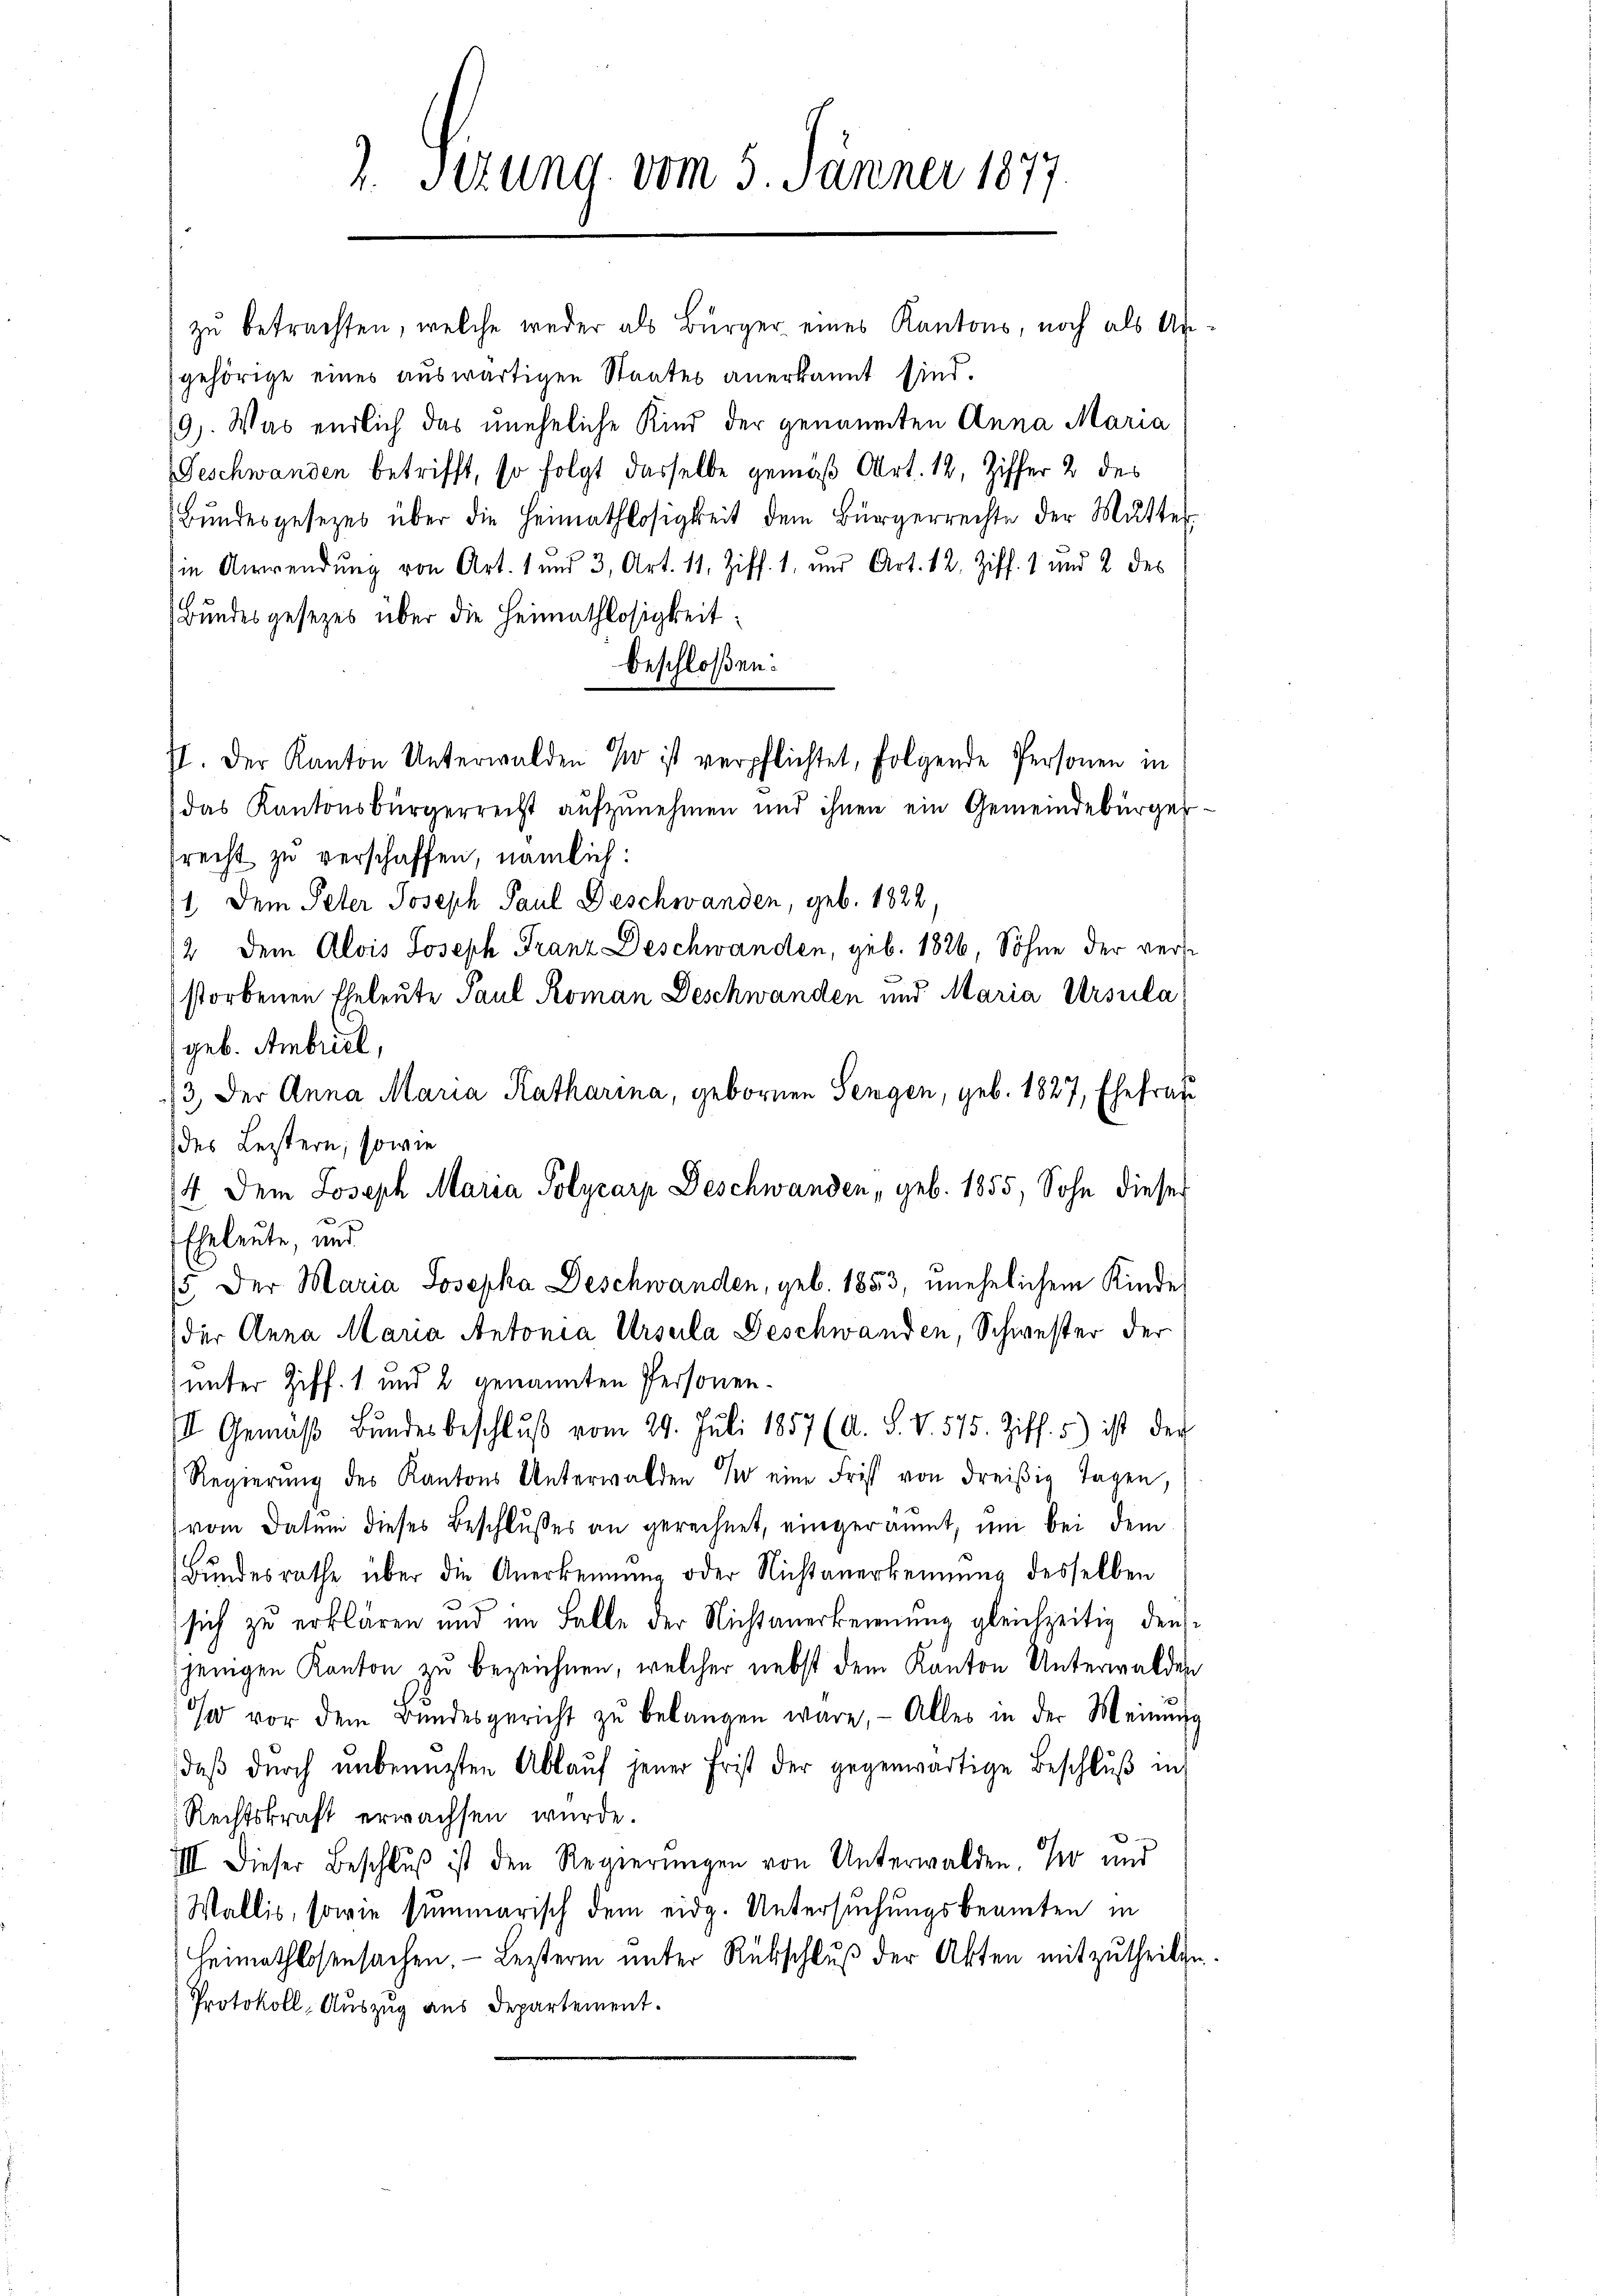
2. Sizung vom 5. Jänner 1877.

zu betrachten, welche weder als Bürger eines Kantons, noch als Un-
gehörige eines auswärtigen Staates anerkannt sind.
19). Was endlich das uneheliche Kind der genannten Anna Maria
Geschwanden betrifft, so folgt dasselbe gemäß Art. 12, Ziffer 2 des
Bŭndesgesezes über die Heimathlosigkeit dem Bürgerrechte der Mutter
in Anwendung von Art. 1 und 3, Art. 11. Ziff. 1. und Art. 12. Ziff. 1 und 2 des
Bundesgesezes über die Heimathlosigkeit
beschloßen:
II. Der Kanton Unterwalden 1 ist verpflichtet, folgende Personen in
das Kantonsbürgerrecht aufzunehmen und ihnen ein Gemeindebürger
srecht zu verschaffen, nämlich:
1. Dem Peter Joseph Paul Beschwanden, geb. 1822,
2 dem Alois Joseph Franz Deschwanden, geb. 1826 Söhne der verse
storbenen Eheleute Paul Roman Deschwanden und Maria Ursula
geb. Ambrist,
/3 der Anna Maria Katharina, gebornen Sengen, geb. 1827, Ehefrau
des Leistern, sowie
14. Dem Joseph Maria Polyzarp Deschwanden, geb. 1855, Sohn dieser
Eheleute, und
15. Der Maria Josepha Deschwanden, geb. 1853, unehelichem Kindes
der Anna Maria Antonia Ursula Geschwanden, Schwester der
unter Ziff. 1 und 2 genannten Personen¬
II. Gemäβ Bŭndesbeschlŭβ vom 29. Juli 1857 (A. S. V. 575. Ziff. 5) ist der
Regierŭng des Kantons Unterwalden so eine Frist von dreißig Tagen,
(vom Datum dieses Beschlußes an gerechnet, eingeräumt, um bei dem
Bundesrathe über die Anerkennung oder Nichtanerkennung desselben
sich zu erklären und im Falle der Nichtanerkennung gleichzeitig den
jenigen Kanton zu bezeichnen, welcher nebst dem Kanton Unterwalden
o vor dem Bŭndesgericht zŭ belangen wäre. Alles in der Meinung
daβ dŭrch unbenützten Ablaŭf jener Frist der gegenwärtige Beschlŭβ in
Rechtskraft erwachsen wurde.
VII. Dieser Beschluß ist den Regierungen von Unterwalden. Wo und
Wallis, sowie summarisch dem eidg. Untersuchungsbeamten in
Heimathlosensachen - Leztern unter Rückschluß der Akten mitzutheilte
Protokoll, Auszug aus Departement.